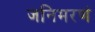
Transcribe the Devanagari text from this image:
जनिमरणं